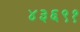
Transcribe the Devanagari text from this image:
४३६९१